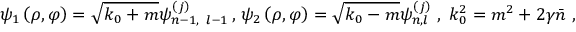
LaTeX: \psi _ { 1 } \left( \rho , \varphi \right) = \sqrt { k _ { 0 } + m } \psi _ { n - 1 , \, \, \, l - 1 } ^ { \left( j \right) } \, , \, \psi _ { 2 } \left( \rho , \varphi \right) = \sqrt { k _ { 0 } - m } \psi _ { n , l } ^ { \left( j \right) } \, \, , \; k _ { 0 } ^ { 2 } = m ^ { 2 } + 2 \gamma \bar { n } \, \, ,